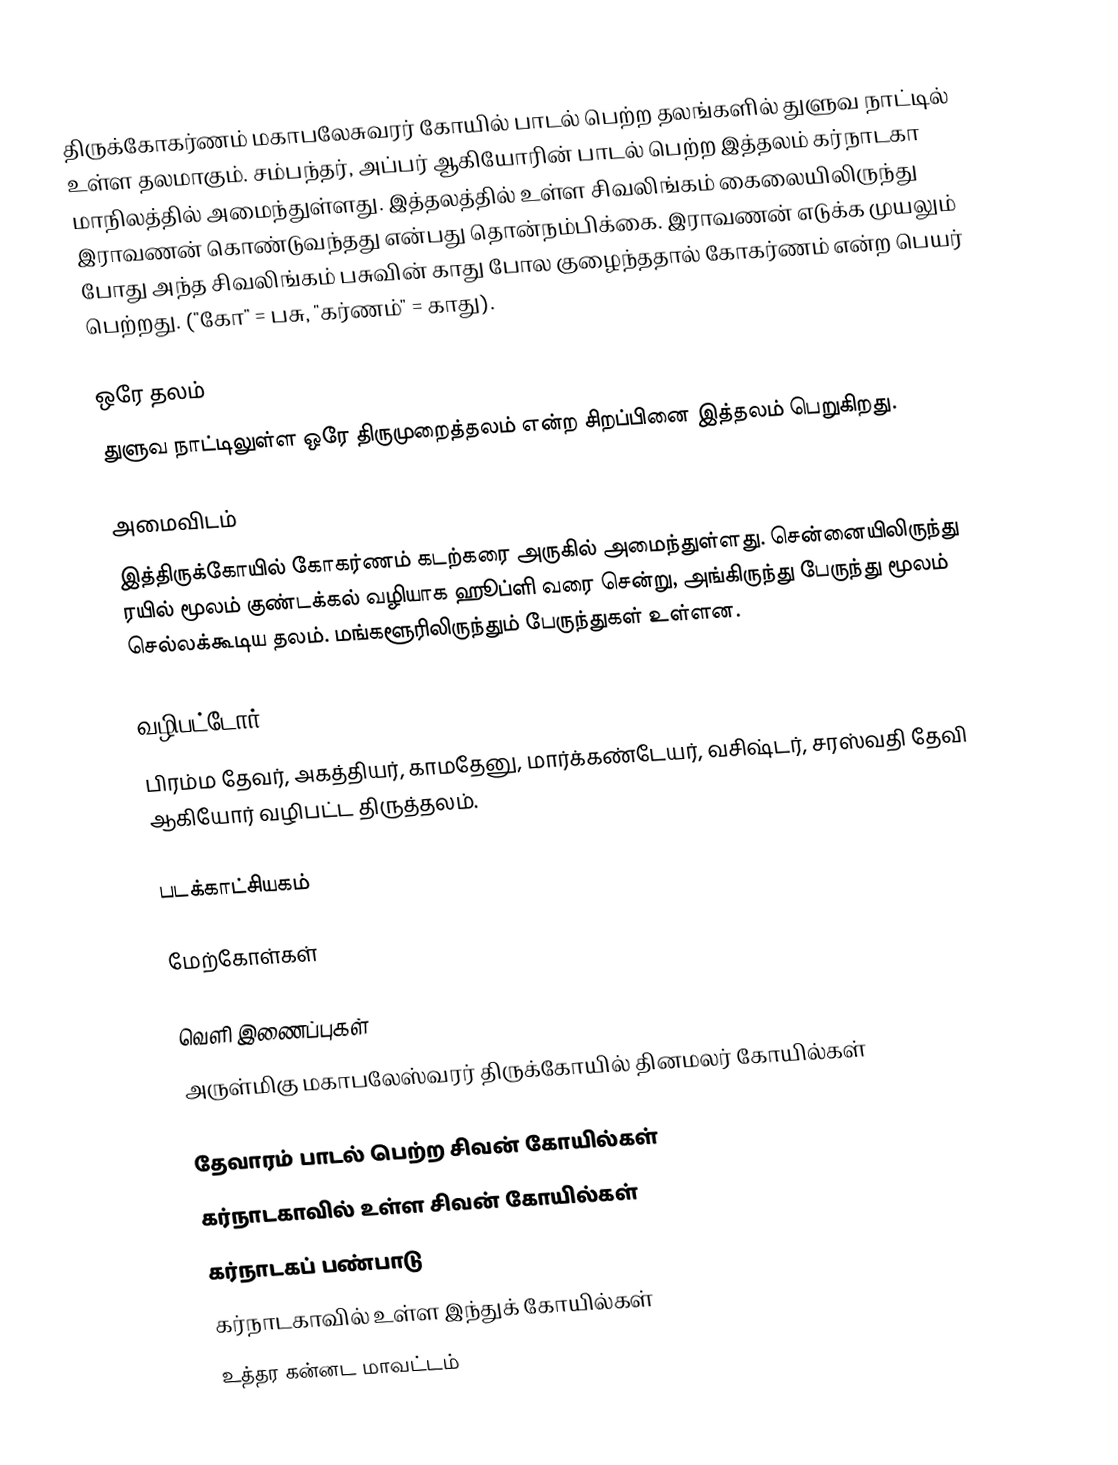
திருக்கோகர்ணம் மகாபலேசுவரர் கோயில் பாடல் பெற்ற தலங்களில் துளுவ நாட்டில் உள்ள தலமாகும். சம்பந்தர், அப்பர் ஆகியோரின் பாடல் பெற்ற இத்தலம் கர்நாடகா மாநிலத்தில் அமைந்துள்ளது. இத்தலத்தில் உள்ள சிவலிங்கம் கைலையிலிருந்து இராவணன் கொண்டுவந்தது என்பது தொன்நம்பிக்கை. இராவணன் எடுக்க முயலும் போது அந்த சிவலிங்கம் பசுவின் காது போல குழைந்ததால் கோகர்ணம் என்ற பெயர் பெற்றது. ("கோ" = பசு, "கர்ணம்" = காது).

ஒரே தலம்
துளுவ நாட்டிலுள்ள ஒரே திருமுறைத்தலம் என்ற சிறப்பினை இத்தலம் பெறுகிறது.

அமைவிடம்
இத்திருக்கோயில் கோகர்ணம் கடற்கரை அருகில் அமைந்துள்ளது. சென்னையிலிருந்து ரயில் மூலம் குண்டக்கல் வழியாக ஹூப்ளி வரை சென்று, அங்கிருந்து பேருந்து மூலம் செல்லக்கூடிய தலம். மங்களூரிலிருந்தும் பேருந்துகள் உள்ளன.

வழிபட்டோர்
பிரம்ம தேவர், அகத்தியர், காமதேனு, மார்க்கண்டேயர், வசிஷ்டர், சரஸ்வதி தேவி ஆகியோர் வழிபட்ட திருத்தலம்.

படக்காட்சியகம்

மேற்கோள்கள்

வெளி இணைப்புகள்
அருள்மிகு மகாபலேஸ்வரர் திருக்கோயில் தினமலர் கோயில்கள்

தேவாரம் பாடல் பெற்ற சிவன் கோயில்கள்
கர்நாடகாவில் உள்ள சிவன் கோயில்கள்
கர்நாடகப் பண்பாடு
கர்நாடகாவில் உள்ள இந்துக் கோயில்கள்
உத்தர கன்னட மாவட்டம்